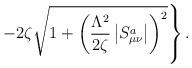
LaTeX: \begin{align*}\left.-2\zeta\sqrt{1+\left(\frac{\Lambda^2}{2\zeta}\left|S_{\mu\nu}^a\right|\right)^2}\right\}.\end{align*}